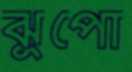
ঝুপো